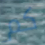
كم